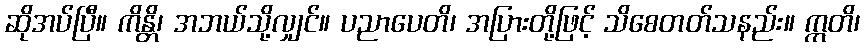
ဆိုအပ်ပြီ။ ကိန္တိ၊ အဘယ်သို့လျှင်။ ပညာပေတိ၊ အပြားတို့ဖြင့် သိစေတတ်သနည်း။ ဣတိ၊